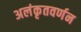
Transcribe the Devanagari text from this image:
अलंकृतवर्णन